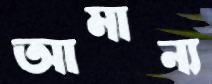
আমান্য